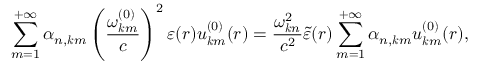
\sum _ { m = 1 } ^ { + \infty } \alpha _ { n , \boldsymbol { k } m } \left( \frac { \omega _ { \boldsymbol { k } m } ^ { ( 0 ) } } { c } \right) ^ { 2 } \varepsilon ( \boldsymbol { r } ) u _ { \boldsymbol { k } m } ^ { ( 0 ) } ( \boldsymbol { r } ) = \frac { \omega _ { \boldsymbol { k } n } ^ { 2 } } { c ^ { 2 } } \tilde { \varepsilon } ( \boldsymbol { r } ) \sum _ { m = 1 } ^ { + \infty } \alpha _ { n , \boldsymbol { k } m } u _ { \boldsymbol { k } m } ^ { ( 0 ) } ( \boldsymbol { r } ) ,